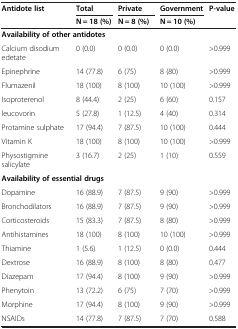
<table><thead><tr><td rowspan="2"><b>Antidote list</b></td><td><b>Total</b></td><td><b>Private</b></td><td><b>Government</b></td><td rowspan="2"><b>P-value</b></td></tr><tr><td><b>N = 18 (%)</b></td><td><b>N = 8 (%)</b></td><td><b>N = 10 (%)</b></td></tr></thead><tbody><tr><td colspan="5"><b>Availability of other antidotes</b></td></tr><tr><td>Calcium disodium edetate</td><td>0 (0.0)</td><td>0 (0.0)</td><td>0 (0.0)</td><td>&gt;0.999</td></tr><tr><td>Epinephrine</td><td>14 (77.8)</td><td>6 (75)</td><td>8 (80)</td><td>&gt;0.999</td></tr><tr><td>Flumazenil</td><td>18 (100)</td><td>8 (100)</td><td>10 (100)</td><td>&gt;0.999</td></tr><tr><td>Isoproterenol</td><td>8 (44.4)</td><td>2 (25)</td><td>6 (60)</td><td>0.157</td></tr><tr><td>leucovorin</td><td>5 (27.8)</td><td>1 (12.5)</td><td>4 (40)</td><td>0.314</td></tr><tr><td>Protamine sulphate</td><td>17 (94.4)</td><td>7 (87.5)</td><td>10 (100)</td><td>0.444</td></tr><tr><td>Vitamin K</td><td>18 (100)</td><td>8 (100)</td><td>10 (100)</td><td>&gt;0.999</td></tr><tr><td>Physostigmine salicylate</td><td>3 (16.7)</td><td>2 (25)</td><td>1 (10)</td><td>0.559</td></tr><tr><td colspan="5"><b>Availability of essential drugs</b></td></tr><tr><td>Dopamine</td><td>16 (88.9)</td><td>7 (87.5)</td><td>9 (90)</td><td>&gt;0.999</td></tr><tr><td>Bronchodilators</td><td>16 (88.9)</td><td>7 (87.5)</td><td>9 (90)</td><td>&gt;0.999</td></tr><tr><td>Corticosteroids</td><td>15 (83.3)</td><td>7 (87.5)</td><td>8 (80)</td><td>&gt;0.999</td></tr><tr><td>Antihistamines</td><td>18 (100)</td><td>8 (100)</td><td>10 (100)</td><td>&gt;0.999</td></tr><tr><td>Thiamine</td><td>1 (5.6)</td><td>1 (12.5)</td><td>0 (0.0)</td><td>0.444</td></tr><tr><td>Dextrose</td><td>16 (88.9)</td><td>8 (100)</td><td>8 (80)</td><td>0.477</td></tr><tr><td>Diazepam</td><td>17 (94.4)</td><td>8 (100)</td><td>9 (90)</td><td>&gt;0.999</td></tr><tr><td>Phenytoin</td><td>13 (72.2)</td><td>6 (75)</td><td>7 (70)</td><td>&gt;0.999</td></tr><tr><td>Morphine</td><td>17 (94.4)</td><td>8 (100)</td><td>9 (90)</td><td>&gt;0.999</td></tr><tr><td>NSAIDs</td><td>14 (77.8)</td><td>7 (87.5)</td><td>7 (70)</td><td>0.588</td></tr></tbody></table>